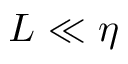
L \ll \eta